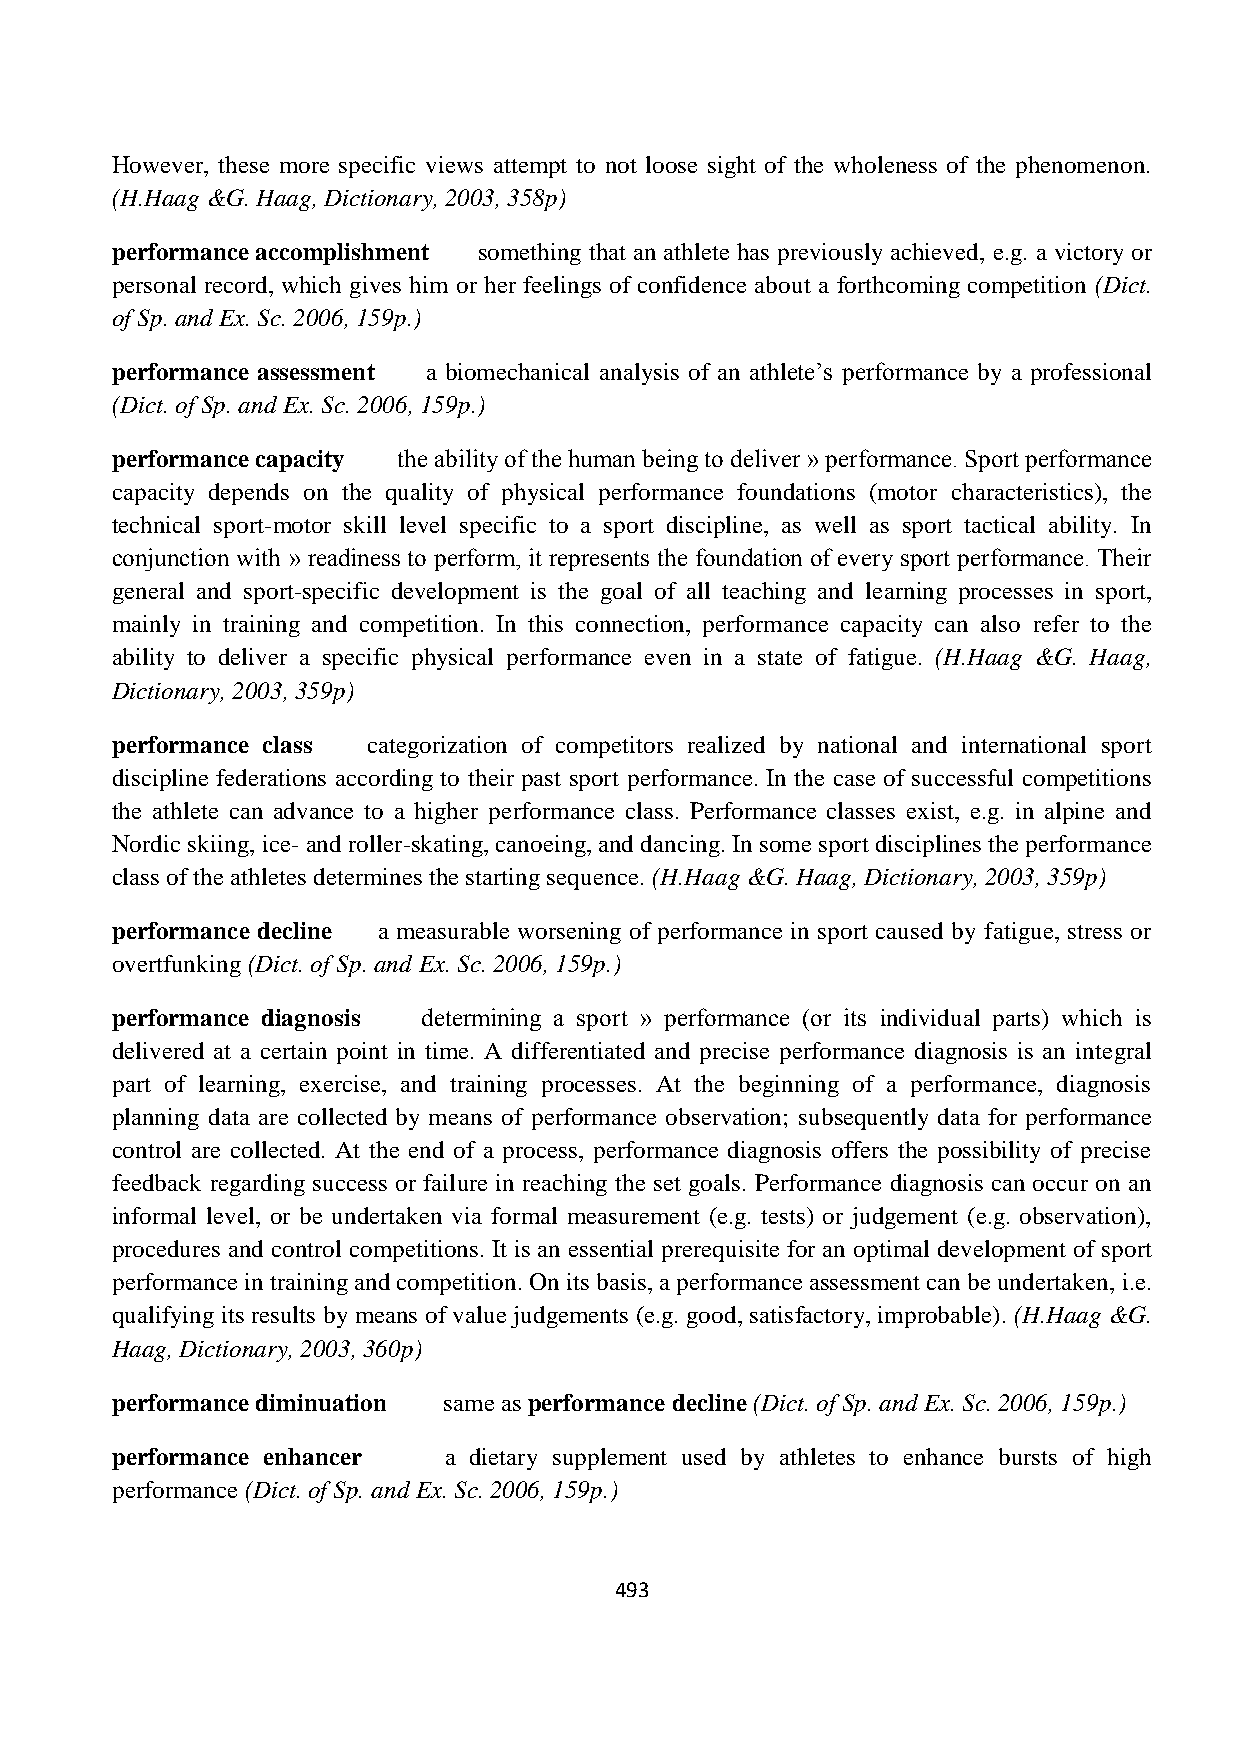
However, these more specific views attempt to not loose sight of the wholeness of the phenomenon.
 (H.Haag &G. Haag, Dictionary, 2003, 358p)
 performance accomplishment something that an athlete has previously achieved, e.g. a victory or
 personal record, which gives him or her feelings of confidence about a forthcoming competition (Dict.
 of Sp. and Ex. Sc. 2006, 159p.)
 performance assessment a biomechanical analysis of an athlete’s performance by a professional
 (Dict. of Sp. and Ex. Sc. 2006, 159p.)
 performance capacity the ability of the human being to deliver » performance. Sport performance
 capacity depends on the quality of physical performance foundations (motor characteristics), the
 technical sport-motor skill level specific to a sport discipline, as well as sport tactical ability. In
 conjunction with » readiness to perform, it represents the foundation of every sport performance. Their
 general and sport-specific development is the goal of all teaching and learning processes in sport,
 mainly in training and competition. In this connection, performance capacity can also refer to the
 ability to deliver a specific physical performance even in a state of fatigue. (H.Haag &G. Haag,
 Dictionary, 2003, 359p)
 performance class categorization of competitors realized by national and international sport
 discipline federations according to their past sport performance. In the case of successful competitions
 the athlete can advance to a higher performance class. Performance classes exist, e.g. in alpine and
 Nordic skiing, ice- and roller-skating, canoeing, and dancing. In some sport disciplines the performance
 class of the athletes determines the starting sequence. (H.Haag &G. Haag, Dictionary, 2003, 359p)
 performance decline a measurable worsening of performance in sport caused by fatigue, stress or
 overtfunking (Dict. of Sp. and Ex. Sc. 2006, 159p.)
 performance diagnosis determining a sport » performance (or its individual parts) which is
 delivered at a certain point in time. A differentiated and precise performance diagnosis is an integral
 part of learning, exercise, and training processes. At the beginning of a performance, diagnosis
 planning data are collected by means of performance observation; subsequently data for performance
 control are collected. At the end of a process, performance diagnosis offers the possibility of precise
 feedback regarding success or failure in reaching the set goals. Performance diagnosis can occur on an
 informal level, or be undertaken via formal measurement (e.g. tests) or judgement (e.g. observation),
 procedures and control competitions. It is an essential prerequisite for an optimal development of sport
 performance in training and competition. On its basis, a performance assessment can be undertaken, i.e.
 qualifying its results by means of value judgements (e.g. good, satisfactory, improbable). (H.Haag &G.
 Haag, Dictionary, 2003, 360p)
 performance diminuation same as performance decline (Dict. of Sp. and Ex. Sc. 2006, 159p.)
 performance enhancer  a dietary supplement used by athletes to enhance bursts of high
 performance (Dict. of Sp. and Ex. Sc. 2006, 159p.)
 493